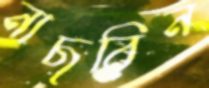
নাছরিন